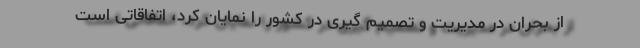
از بحران در مدیریت و تصمیم گیری در کشور را نمایان کرد، اتفاقاتی است